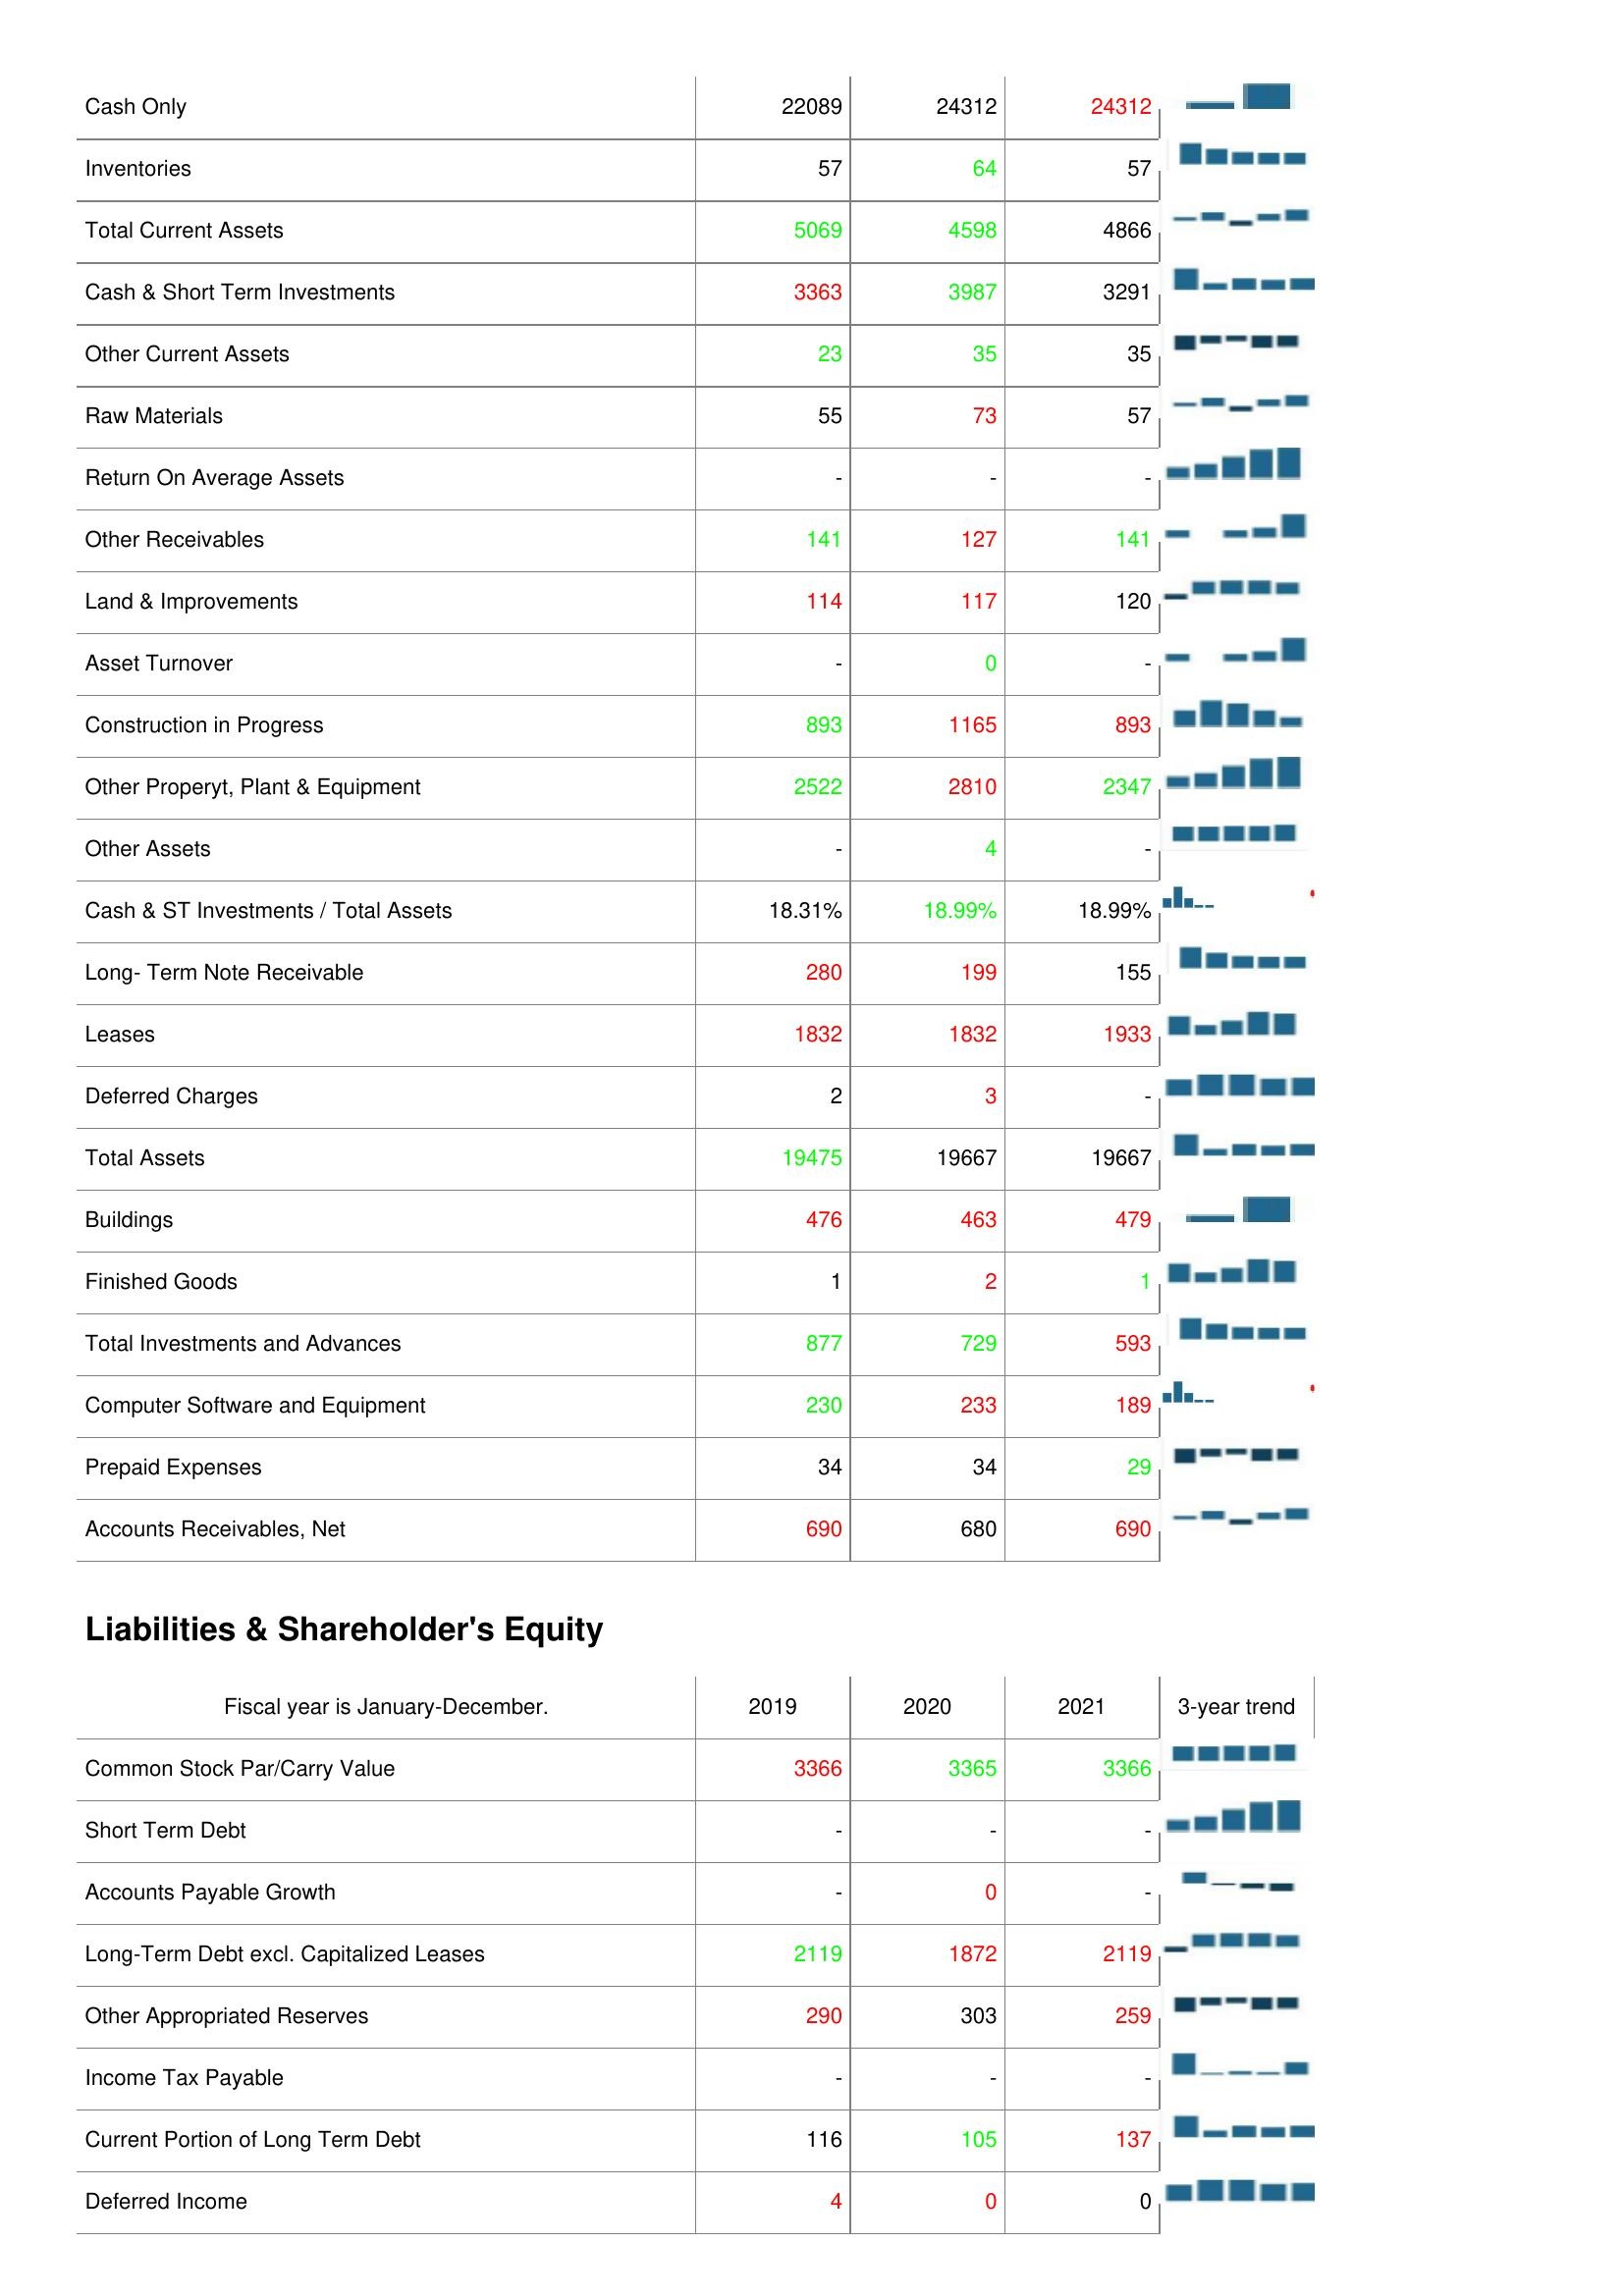
2019: Assets: Cash Only: 22089
Inventories: 57
Total Current Assets: 5069
Cash & Short Term Investments: 3363
Other Current Assets: 23
Raw Materials: 55
Return On Average Assets: -
Other Receivables: 141
Land & Improvements: 114
Asset Turnover: -
Construction in Progress: 893
Other Properyt, Plant & Equipment: 2522
Other Assets: -
Cash & ST Investments / Total Assets: 18.31%
Long- Term Note Receivable: 280
Leases: 1832
Deferred Charges: 2
Total Assets: 19475
Buildings: 476
Finished Goods: 1
Total Investments and Advances: 877
Computer Software and Equipment: 230
Prepaid Expenses: 34
Accounts Receivables, Net: 690
Liabilities & Shareholder's Equity: Common Stock Par/Carry Value: 3366
Short Term Debt: -
Accounts Payable Growth: -
Long-Term Debt excl. Capitalized Leases: 2119
Other Appropriated Reserves: 290
Income Tax Payable: -
Current Portion of Long Term Debt: 116
Deferred Income: 4
2020: Assets: Cash Only: 24312
Inventories: 64
Total Current Assets: 4598
Cash & Short Term Investments: 3987
Other Current Assets: 35
Raw Materials: 73
Return On Average Assets: -
Other Receivables: 127
Land & Improvements: 117
Asset Turnover: 0
Construction in Progress: 1165
Other Properyt, Plant & Equipment: 2810
Other Assets: 4
Cash & ST Investments / Total Assets: 18.99%
Long- Term Note Receivable: 199
Leases: 1832
Deferred Charges: 3
Total Assets: 19667
Buildings: 463
Finished Goods: 2
Total Investments and Advances: 729
Computer Software and Equipment: 233
Prepaid Expenses: 34
Accounts Receivables, Net: 680
Liabilities & Shareholder's Equity: Common Stock Par/Carry Value: 3365
Short Term Debt: -
Accounts Payable Growth: 0
Long-Term Debt excl. Capitalized Leases: 1872
Other Appropriated Reserves: 303
Income Tax Payable: -
Current Portion of Long Term Debt: 105
Deferred Income: 0
2021: Assets: Cash Only: 24312
Inventories: 57
Total Current Assets: 4866
Cash & Short Term Investments: 3291
Other Current Assets: 35
Raw Materials: 57
Return On Average Assets: -
Other Receivables: 141
Land & Improvements: 120
Asset Turnover: -
Construction in Progress: 893
Other Properyt, Plant & Equipment: 2347
Other Assets: -
Cash & ST Investments / Total Assets: 18.99%
Long- Term Note Receivable: 155
Leases: 1933
Deferred Charges: -
Total Assets: 19667
Buildings: 479
Finished Goods: 1
Total Investments and Advances: 593
Computer Software and Equipment: 189
Prepaid Expenses: 29
Accounts Receivables, Net: 690
Liabilities & Shareholder's Equity: Common Stock Par/Carry Value: 3366
Short Term Debt: -
Accounts Payable Growth: -
Long-Term Debt excl. Capitalized Leases: 2119
Other Appropriated Reserves: 259
Income Tax Payable: -
Current Portion of Long Term Debt: 137
Deferred Income: 0